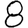
Digit: 8